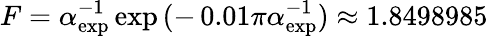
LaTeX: F=\alpha_{\mathrm{exp}}^{-1}\exp{(-\, 0.01\pi\alpha_{\mathrm{exp}}^{-1})}\approx 1.8498985